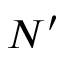
N ^ { \prime }